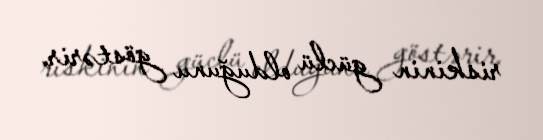
riskinin güclü olduğunu göstərir.